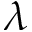
\lambda